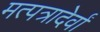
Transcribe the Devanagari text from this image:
मत्पत्रादेर्वां